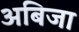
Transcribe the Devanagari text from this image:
अबिजा